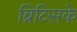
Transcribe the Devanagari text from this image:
ब्रिटिसके